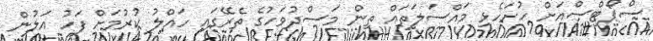
ސްޕޯޓްސްއަށް ހުށަހެޅި މައްސަލަތައް ތިން މަސްދުވަހުގެ ތެރޭގައި ހައްލު ކުރުމަށް ފަހު އަލުން